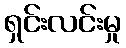
ရှင်းလင်းမှု